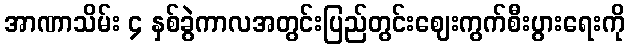
အာဏာသိမ်း ၄ နှစ်ခွဲကာလအတွင်းပြည်တွင်းဈေးကွက်စီးပွားရေးကို